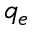
q _ { e }